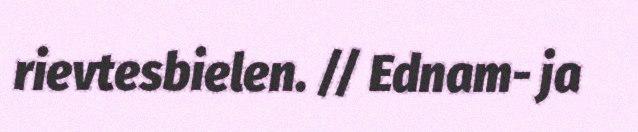
rievtesbielen. // Ednam- ja